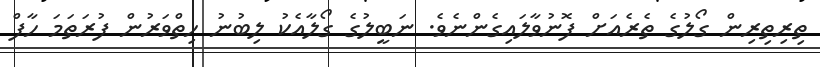
ތިރިތިރިން ގޯލުގެ ތެރެއަށް ފޮނުވާލައިގެންނެވެ. ނަބީލުގެ ގޯލާއެކު ލިބުނު ހިތްވަރުން ފުރަތަމަ ހާފް